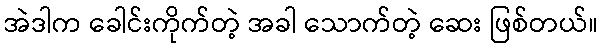
အဲဒါက ခေါင်းကိုက်တဲ့ အခါ သောက်တဲ့ ဆေး ဖြစ်တယ်။